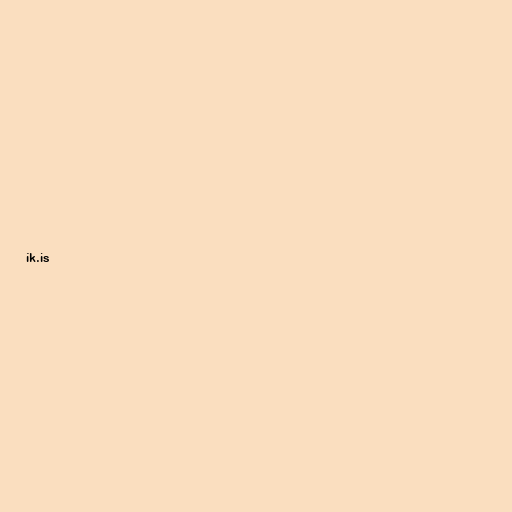
ík.is